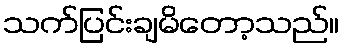
သက်ပြင်းချမိတော့သည်။